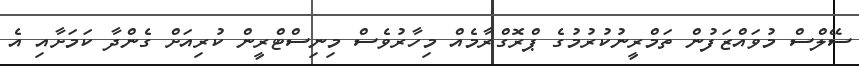
ސޭލްސް މުވައްޒަފުން ތަމްރީނުކުރުމުގެ ޕްރޮގްރާމެއް މިހާރުވެސް މިނިސްޓްރީން ކުރިއަށް ގެންދާ ކަމަށާއި އެ